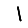
Digit: 1